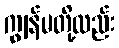
ကျွန်မတို့လည်း